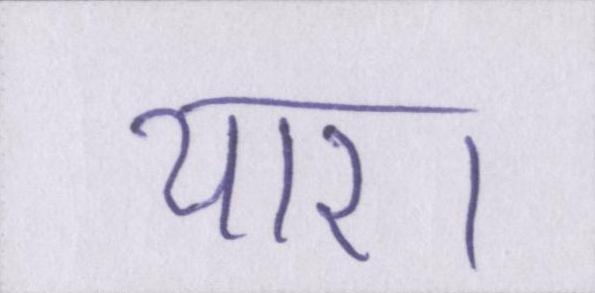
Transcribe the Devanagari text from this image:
यार।